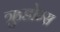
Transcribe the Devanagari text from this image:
ऋुडोम्स